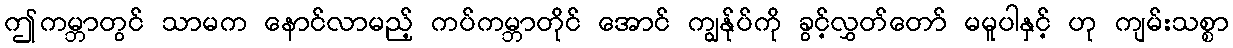
ဤကမ္ဘာတွင် သာမက နောင်လာမည့် ကပ်ကမ္ဘာတိုင် အောင် ကျွန်ုပ်ကို ခွင့်လွှတ်တော် မမူပါနှင့် ဟု ကျမ်းသစ္စာ